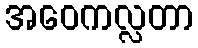
အဝေကလ္လတာ